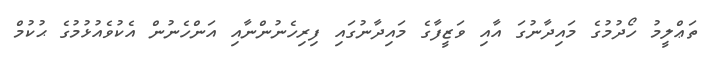
ތަޢްލީމު ހޯދުމުގެ މައިދާނުގަ އާއި ވަޒީފާގެ މައިދާނުގައި ފިރިހެނުންނާއި އަންހެނުން އެކުވެއުޅުމުގެ ޙުކުމް